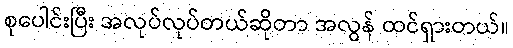
စုပေါင်းပြီး အလုပ်လုပ်တယ်ဆိုတာ အလွန် ထင်ရှားတယ်။